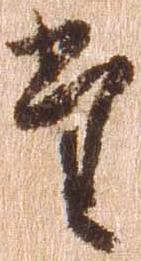
た